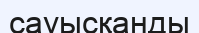
сауысқанды